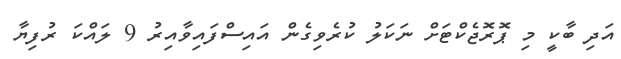
އަދި ބާކީ މި ޕޮރޮޖެކްޓަށް ނަކަލު ކުރެވިގެން އައިސްފައިވާއިރު 9 ލައްކަ ރުފިޔާ